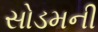
સોડમની